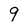
Character: 9